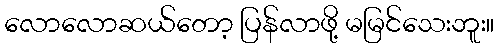
လောလောဆယ်တော့ ပြန်လာဖို့ မမြင်သေးဘူး။